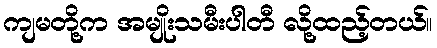
ကျမတို့က အမျိုးသမီးပါတီ လို့ထည့်တယ်။